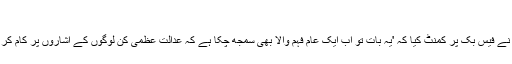
'
شاہد خان نے فیس بُک پر کمنٹ کیا کہ 'یہ بات تو اب ایک عام فہم والا بھی سمجھ چکا ہے کہ عدالت عظمیٰ کن لوگوں کے اشاروں پر کام کر رہی ہے۔